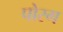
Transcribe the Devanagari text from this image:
पोरग